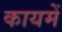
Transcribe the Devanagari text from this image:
कायमें